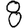
Digit: 8